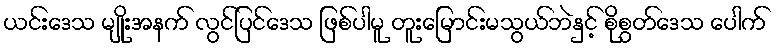
ယင်းဒေသ မျိုးအနက် လွင်ပြင်ဒေသ ဖြစ်ပါမူ တူးမြောင်းမသွယ်ဘဲနှင့် စိုစွတ်ဒေသ ပေါက်